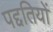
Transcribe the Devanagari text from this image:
पद्दतियों